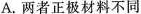
A.两者正极材料不同